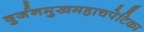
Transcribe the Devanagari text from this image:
दुर्जनमुखमहाचपेटिका